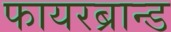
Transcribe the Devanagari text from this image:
फायरब्रान्ड